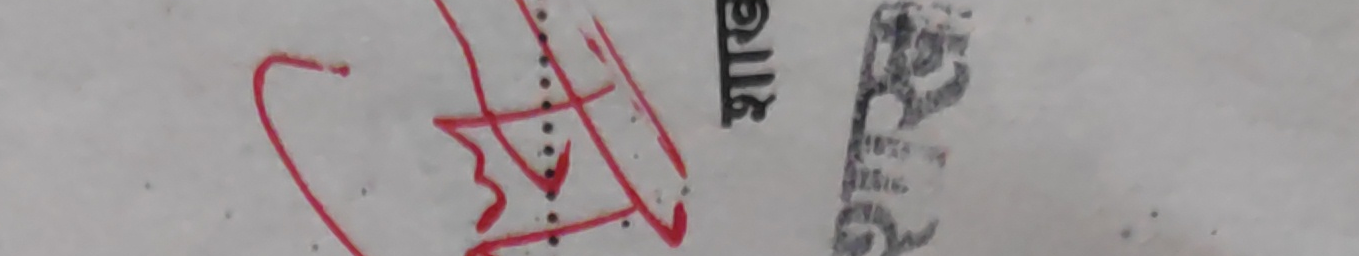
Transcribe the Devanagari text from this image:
भाग